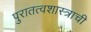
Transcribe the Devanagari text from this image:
पुरातत्वशास्त्राची